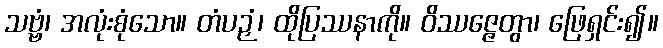
သဗ္ဗံ၊ အလုံးစုံသော။ တံပဉှံ၊ ထိုပြဿနာကို။ ဝိဿဇ္ဇေတွာ၊ ဖြေရှင်း၍။